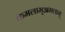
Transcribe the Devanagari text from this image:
कमलाम्अमलाम्